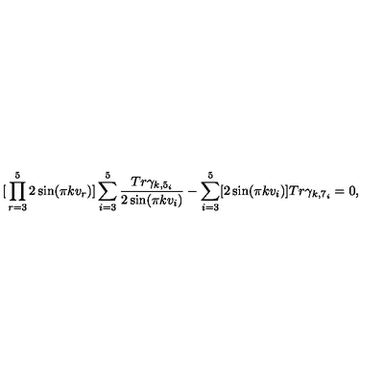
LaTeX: { \mathbf [ \prod _ { r = 3 } ^ { 5 } 2 \sin ( \pi k v _ { r } ) ] \sum _ { i = 3 } ^ { 5 } \frac { T r \gamma _ { k , 5 _ { i } } } { 2 \sin ( \pi k v _ { i } ) } - \sum _ { i = 3 } ^ { 5 } [ 2 \sin ( \pi k v _ { i } ) ] T r \gamma _ { k , 7 _ { i } } = 0 } ,